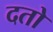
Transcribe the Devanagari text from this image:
दतो